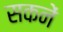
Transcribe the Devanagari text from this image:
सकनें